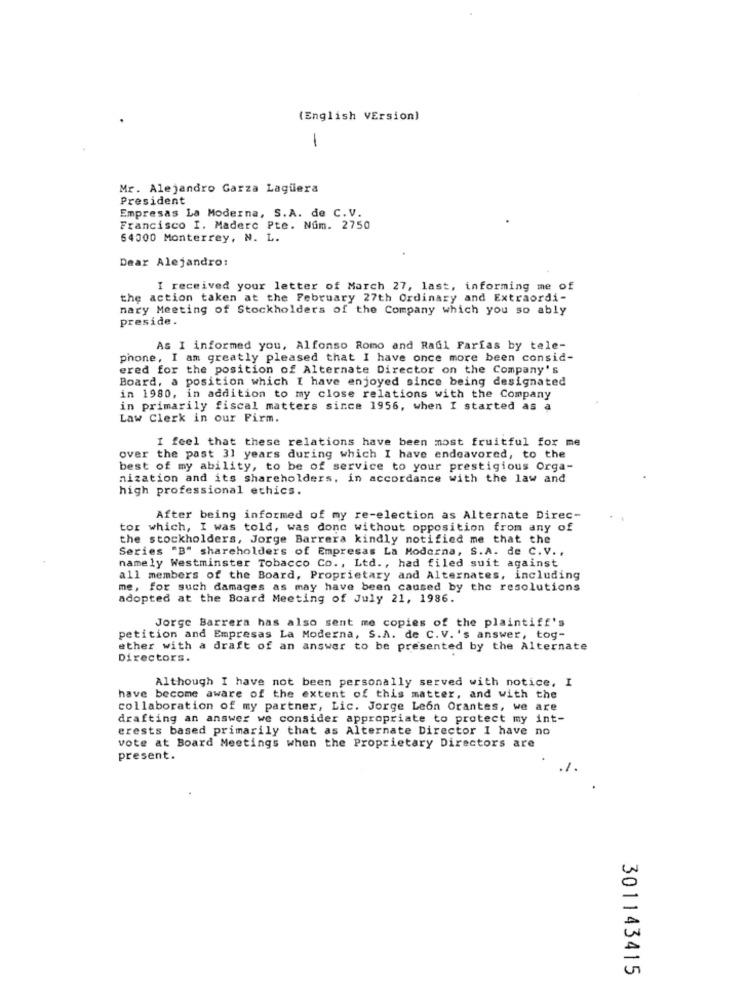
(English VErsion)
1
Mr. Alejandro Garza Lagüera
President
Empresas La Moderna, S.A. de C.V.
Francisco I. Madero Pte. Nom. 2750
64000 Monterrey, N. L.
Dear Alejandro:
I received your letter of March 27, last, informing me of
the action taken at the February 27th Ordinary and Extraordi-
nary Meeting of Stockholders of the Company which you so ably
preside.
As I informed you, Alfonso Romo and Raul Farias by tele-
phone, I am greatly pleased that I have once more been consid-
ered for the position of Alternate Director on the Company's
Board, a position which I have enjoyed since being designated
in 1980, in addition to my close relations with the Company
in primarily fiscal matters since 1956, when I started as a
Law Clerk in our Pirm.
I feel that these relations have been most fruitful for me
over the past 31 years during which I have endeavored, to the
best of my ability, to be of service to your prestigious Orga-
nization and its shareholders, in accordance with the law and
high professional ethics.
After being informed of my re-election as Alternate Direc-
tor which, I was told, was done without opposition from any of
the stockholders, Jorge Barrera kindly notified me that the
Series "B" shareholders of Empresas La Moderna, S.A. de C. V. ,
namely Westminster Tobacco Co ., Ltd ., had filed suit against
all members of the Board, Proprietary and Alternates, including
me, for such damages as may have been caused by the resolutions
adopted at the Board Meeting of July 21, 1986.
Jorge Barrera has also sent me copies of the plaintiff's
petition and Empresas La Moderna, S.A. de C. V. 's answer, tog-
ether with a draft of an answer to be presented by the Alternate
Directors.
Although I have not been personally served with notice, I
have become aware of the extent of this matter, and with the
collaboration of my partner, Lic. Jorge Leon Orantes, we are
drafting an answer we consider appropriate to protect my int-
erests based primarily that as Alternate Director I have no
vote at Board Meetings when the Proprietary Directors are
present.
.1.
301143415